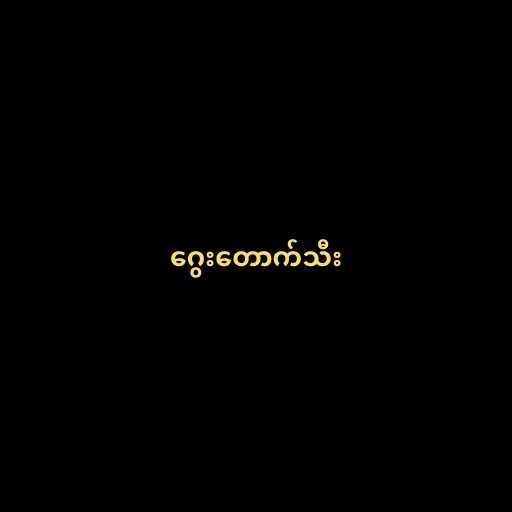
ဂွေးတောက်သီး